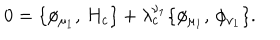
LaTeX: 0 = \{ \phi _ { \mu _ { 1 } } , \, H _ { c } \} + \lambda _ { c } ^ { \nu _ { 1 } } \{ \phi _ { \mu _ { 1 } } , \, \phi _ { \nu _ { 1 } } \} .